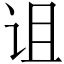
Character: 诅